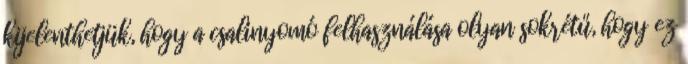
kijelenthetjük, hogy a csalinyomó felhasználása olyan sokrétű, hogy ez